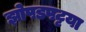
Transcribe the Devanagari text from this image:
झोपडपट्टया